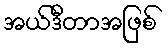
အယ်ဒီတာအဖြစ်